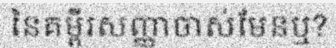
នៃគម្ពីរសញ្ញាចាស់មែនឬ?